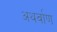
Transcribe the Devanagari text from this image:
अथर्वाण